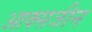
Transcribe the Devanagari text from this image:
आक्सजीन